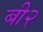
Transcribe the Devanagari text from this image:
बी२